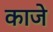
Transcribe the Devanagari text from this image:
काजे